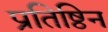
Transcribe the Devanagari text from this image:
प्रतिष्ठिन